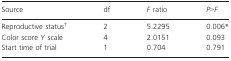
<table><thead><tr><td><b>Source</b></td><td><b>df</b></td><td><b><i>F</i> ratio</b></td><td><b><i>P</i>&gt;<i>F</i></b></td></tr></thead><tbody><tr><td>Reproductive status†</td><td>2</td><td>5.2295</td><td>0.006*</td></tr><tr><td>Color score Y scale</td><td>4</td><td>2.0151</td><td>0.093</td></tr><tr><td>Start time of trial</td><td>1</td><td>0.704</td><td>0.791</td></tr></tbody></table>